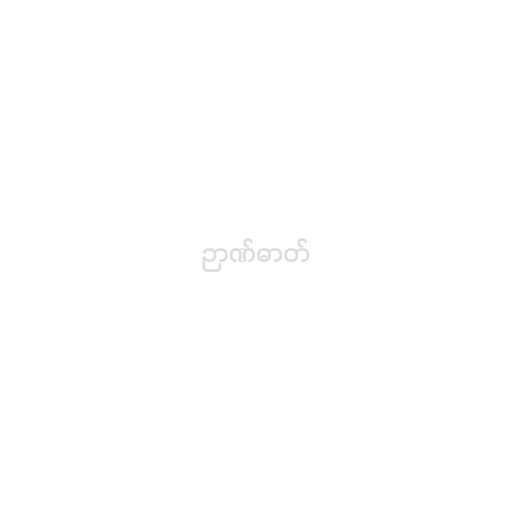
ဉာဏ်ဓာတ်